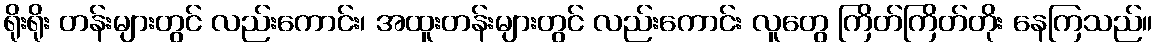
ရိုးရိုး တန်းများတွင် လည်းကောင်း၊ အထူးတန်းများတွင် လည်းကောင်း လူတွေ ကြိတ်ကြိတ်တိုး နေကြသည်။